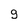
Character: 9